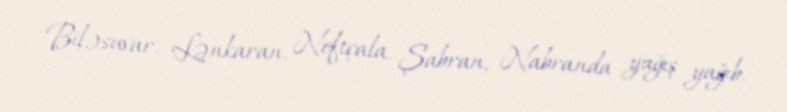
Biləsuvar, Lənkaran, Neftçala, Şabran, Nabranda yağış yağıb.